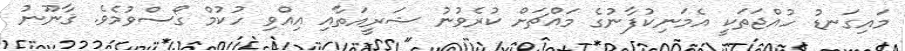
މައިގަނޑު ހުއްޖަތަކީ އެމަނިކުފާނުގެ މައްޗަށް ކުރެވުނު ޝަރީއަތާއި އިއްވި ހުކުމް ގޯސްވުމެވެ. ޤާނޫނު